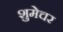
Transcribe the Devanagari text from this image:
शुमेचर